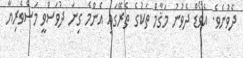
ދެވުނެވެ. އެވޯޑް ދެވުނު މަޤާމް ތަކުގެ ތެރޭގައި އެންމެ ގިނަ ދުވަސްވީ މަސްވެރިޔާ